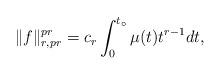
LaTeX: \begin{align*} \|f \|_{r,pr}^{pr} = c_r \int_0^{t_\circ}\mu(t)t^{r-1}dt,\end{align*}